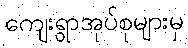
ကျေးရွာအုပ်စုများမှ